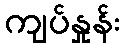
ကျပ်နှုန်း